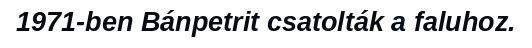
1971-ben Bánpetrit csatolták a faluhoz.